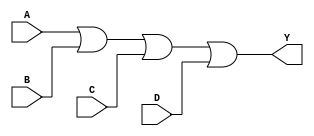
module OR4 (
	input A, B, C, D,
	output Y
);
	assign Y = A | B | C | D;
endmodule